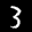
Label: 3